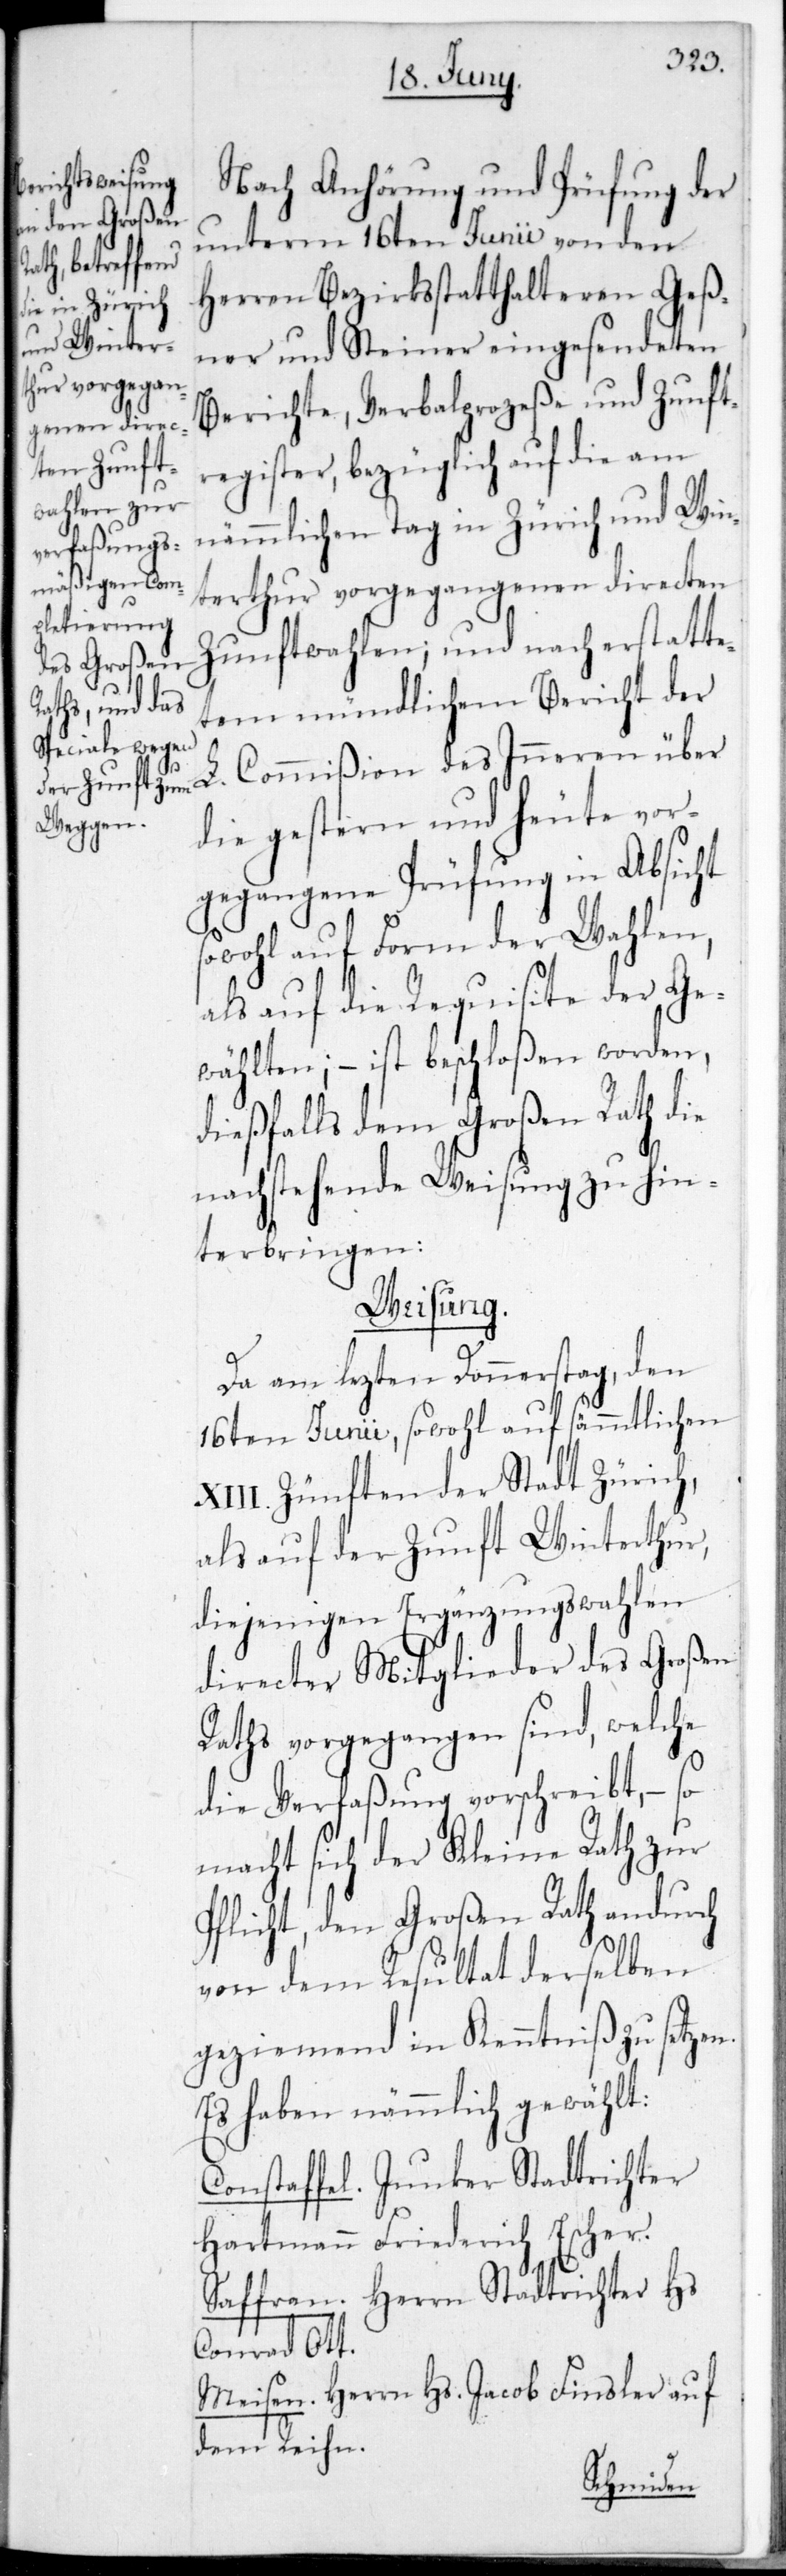
Nach Anhörung und Prüfung der
unterm 16ten Junii von den
Herren Bezirksstatthalteren Geß¬
ner und Steiner eingesendeten
Berichte, Verbalprozeße und Zunft¬
register, bezüglich auf die am
nämmlichen Tag in Zürich und Win¬
terthur vorgegangenen directen
Zunftwahlen; und nach erstatte¬
tem mündlichen Bericht der
L. Commißion des Inneren über
die gestern und heute vor¬
gegangene Prüfung in Absicht
sowohl auf Form der Wahlen,
als auf die Requisite der Ge¬
wählten; – ist beschloßen worden,
dießfalls dem Großen Rath die
nachstehende Weisung zu hin¬
terbringen:
Weisung.
Da am letzten Donnerstag, den
16ten Junii, sowohl auf sämmtlichen
XIII. Zünften der Stadt Zürich,
als auf der Zunft Winterthur,
diejenigen Ergänzungswahlen
directer Mitglieder des Großen
Raths vorgegangen sind, welche
die Verfaßung vorschreibt, – so
macht sich der Kleine Rath zur
Pflicht, den Großen Rath andurch
von dem Resultat derselben
geziemend in Kenntniß zu setzen.
Es haben nämmlich gewählt:
Constaffel. Junker Stadtrichter
Hartmann Friederich Escher.
Saffran. Herrn Stadtrichter Hs.
Conrad Ott.
Meisen. Herrn Hs. Jacob Finsler auf
dem Reihn.